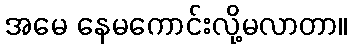
အမေ နေမကောင်းလို့မလာတာ။